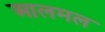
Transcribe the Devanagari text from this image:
आलमल